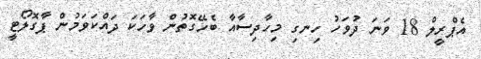
އެޕްރީލް 18 ވަނަ ދުވަހު ހިނގި މިހާދިސާއާ ބެހޭގޮތުން ވާހަކަ ދައްކަވަމުން ޕާގޮލޯޓީ